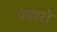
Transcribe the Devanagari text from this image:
पंवारो